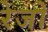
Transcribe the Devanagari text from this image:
रेजो